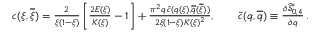
\begin{array} { r } { c ( \xi , \overline { { \xi } } ) = { \frac { 2 } { \xi ( 1 - \xi ) } } \left[ { \frac { 2 E ( \xi ) } { K ( \xi ) } } - 1 \right] + { \frac { \pi ^ { 2 } q \, \widetilde { c } ( q ( \xi ) , \overline { { q } } ( \overline { { \xi } } ) ) } { 2 \xi ( 1 - \xi ) K ( \xi ) ^ { 2 } } } , \quad \quad \widetilde { c } ( q , \overline { { q } } ) \equiv { \frac { \partial \widehat { \mathcal { S } } _ { 0 , 4 } ^ { \ast } } { \partial q } } \, . } \end{array}